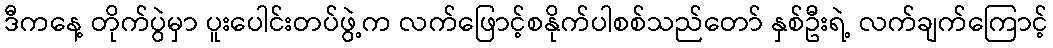
ဒီကနေ့ တိုက်ပွဲမှာ ပူးပေါင်းတပ်ဖွဲ့က လက်ဖြောင့်စနိုက်ပါစစ်သည်တော် နှစ်ဦးရဲ့ လက်ချက်ကြောင့်